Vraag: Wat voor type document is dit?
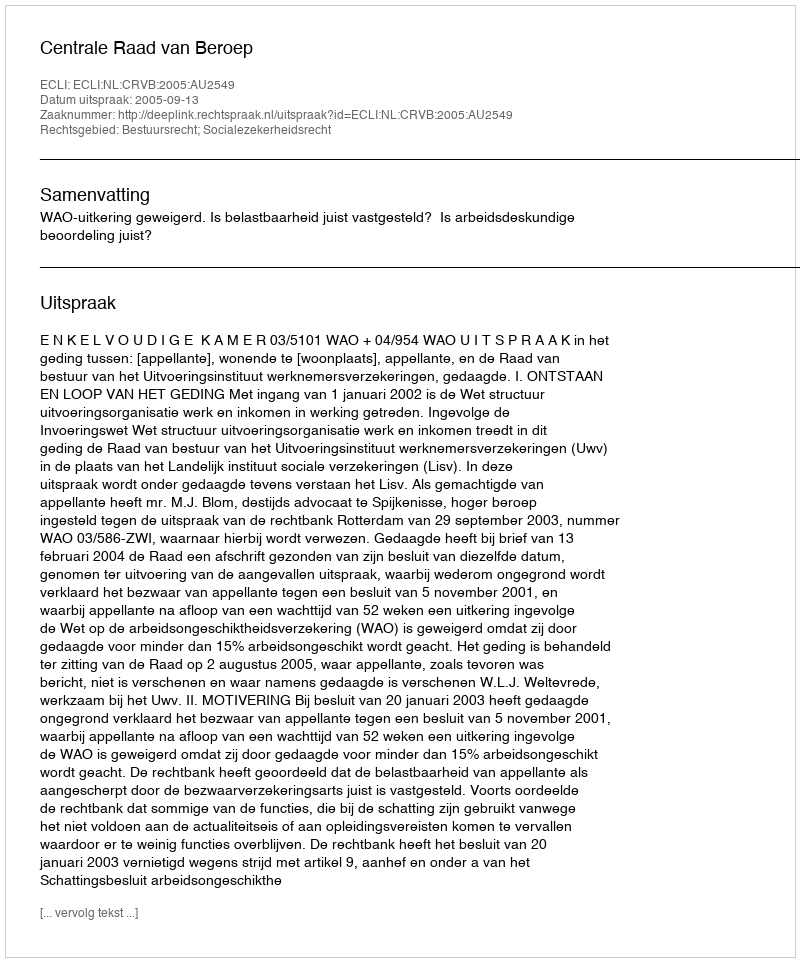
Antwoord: Uitspraak